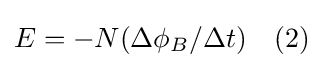
E=-N(\Delta \phi _{B}/\Delta t)\quad (2)